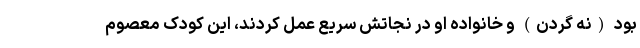
بود (نه گردن) و خانواده او در نجاتش سریع عمل کردند، این کودک معصوم